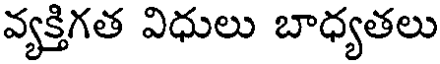
వ్యక్తిగత విధులు బాధ్యతలు